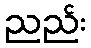
ညည်း